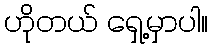
ဟိုတယ် ရှေ့မှာပါ။